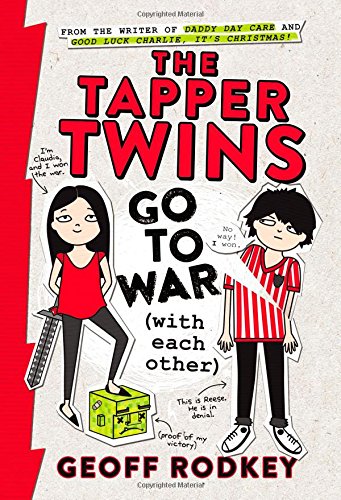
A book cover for The Tapper Twins Go to War (With Each Other); Geoff Rodkey; Children's Books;